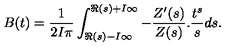
B ( t ) = \frac { 1 } { 2 I \pi } \int _ { \Re ( s ) - I \infty } ^ { \Re ( s ) + I \infty } - \frac { Z ^ { \prime } ( s ) } { Z ( s ) } . \frac { t ^ { s } } { s } d s .